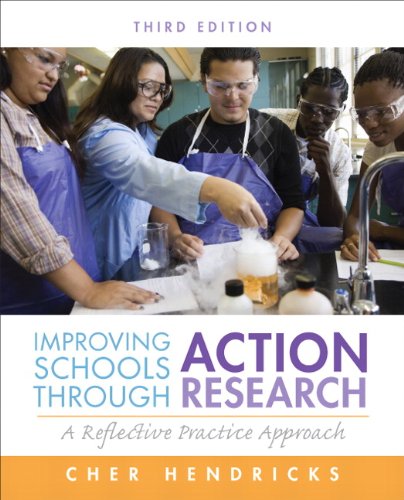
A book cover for Improving Schools Through Action Research: A Reflective Practice Approach (3rd Edition); Cher C. Hendricks; Education & Teaching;